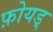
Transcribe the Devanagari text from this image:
फ़ोयड्